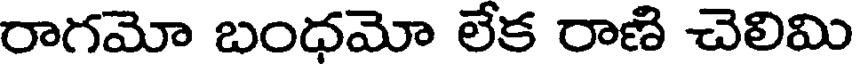
రాగమో బంధమో లేక రాణి చెలిమి